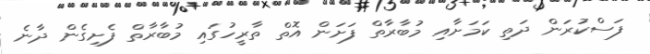
ފަސްކުރަން ދަތި ކަމަށާއި މުބާރާތް ފަށަން އޮތް ތާރީހުގައި މުބާރާތް ފެށިގެން ދާނެ